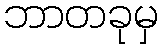
ဘာတခုမှ